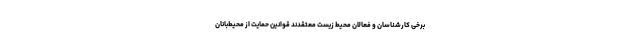
برخی کارشناسان و فعالان محیط زیست معتقدند قوانین حمایت از محیط‌بانان